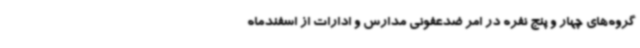
گروه‌های چهار و پنج نفره در امر ضدعفونی مدارس و ادارات از اسفندماه